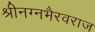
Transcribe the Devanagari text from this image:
श्रीनग्नभैरवराज